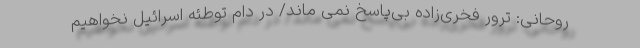
روحانی: ترور فخری‌زاده بی‌پاسخ نمی ماند/ در دام توطئه اسرائیل نخواهیم